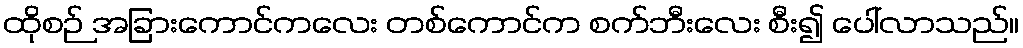
ထိုစဉ် အခြားကောင်ကလေး တစ်ကောင်က စက်ဘီးလေး စီး၍ ပေါ်လာသည်။